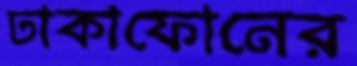
ঢাকাফোনের